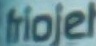
friojet